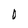
Character: O